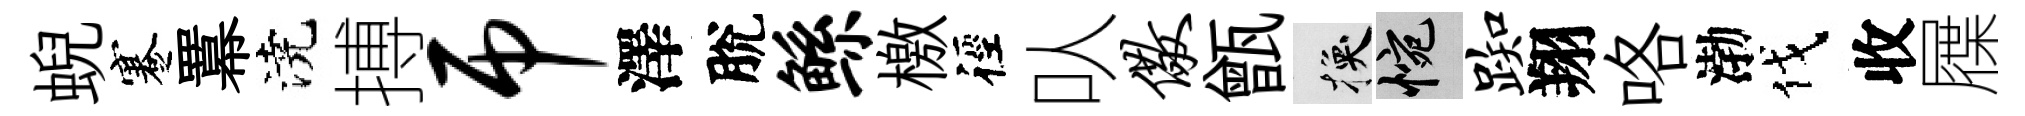
蜺蹇羃澆搏吊澤脫鲧檄徑㕥儆甑换惋踟翔咯渤伐收屧